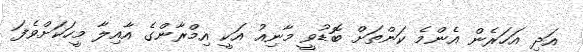
އަދި އަަހަރެން އެންމެ ކަންތަށް ބޮޑުވީ މާނިއު އަކީ އިމްރާންގެ އާއިލާ މީހަކަށްވެފަ